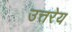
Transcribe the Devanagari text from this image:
उत्तरेय